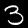
Digit: 3